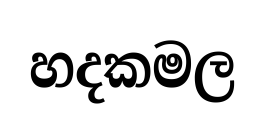
හදකමල